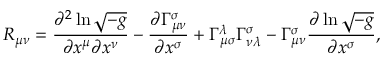
R _ { \mu \nu } = \frac { \partial ^ { 2 } \ln \sqrt { - g } } { \partial x ^ { \mu } \partial x ^ { \nu } } - \frac { \partial \Gamma _ { \mu \nu } ^ { \sigma } } { \partial x ^ { \sigma } } + \Gamma _ { \mu \sigma } ^ { \lambda } \Gamma _ { \nu \lambda } ^ { \sigma } - \Gamma _ { \mu \nu } ^ { \sigma } \frac { \partial \ln \sqrt { - g } } { \partial x ^ { \sigma } } ,